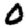
Digit: 0